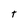
Character: t